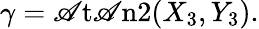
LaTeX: \gamma=\operatorname{\mathscr{A}t\mathscr{A}n2}(X_{3},Y_{3}).